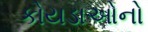
કોયડાઓનો